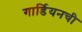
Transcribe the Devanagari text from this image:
गार्डियनची